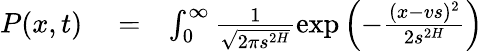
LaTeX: \begin{array}{rlr}{P(x,t)}&{{}=}&{\int_{0}^{\infty}\frac{1}{\sqrt{2\pi s^{2H}}}\exp\left(-\frac{(x-vs)^{2}}{2s^{2H}}\right)}\end{array}